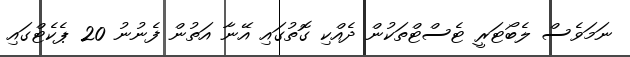
ނަމަވެސް ލެބޯޓަރީ ޓެސްޓްތަކުން ދެއްކި ގޮތުގައި އޭނާ އަތުން ފެނުނު 20 ޕެކެޓްގައި